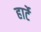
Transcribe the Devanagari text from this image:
हार्टे